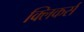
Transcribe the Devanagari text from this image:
क्लिकर्स